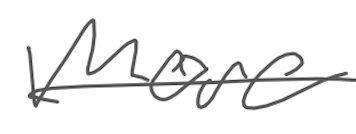
Text: more
Cross-out: single-line
Writing tool: digital_gray